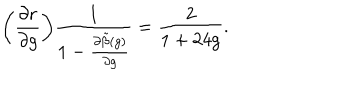
\biggl ( \frac { \partial r } { \partial g } { \biggr ) } \frac { 1 } { 1 - \frac { \partial \tilde { \beta } ( g ) } { \partial g } } = \frac { 2 } { 1 + 2 4 g } .